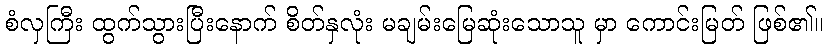
စံလှကြီး ထွက်သွားပြီးနောက် စိတ်နှလုံး မချမ်းမြေဆုံးသောသူ မှာ ကောင်းမြတ် ဖြစ်၏။